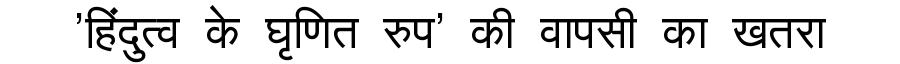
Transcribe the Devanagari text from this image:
'हिंदुत्व के घृणित रुप' की वापसी का खतरा